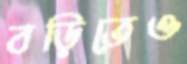
বড়িতেও